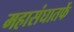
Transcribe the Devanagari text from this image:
महासंघातर्फे